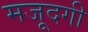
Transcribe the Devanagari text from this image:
मजूदगी